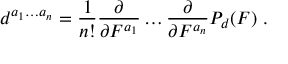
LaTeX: d ^ { a _ { 1 } \ldots a _ { n } } = { \frac { 1 } { n ! } } { \frac { \partial } { \partial F ^ { a _ { 1 } } } } \ldots { \frac { \partial } { \partial F ^ { a _ { n } } } } P _ { d } ( F ) \ .